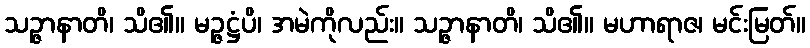
သဉ္ဇာနာတိ၊ သိ၏။ မဉ္ဇဋ္ဌံပိ၊ အမဲကိုလည်း။ သဉ္ဇာနာတိ၊ သိ၏။ မဟာရာဇ၊ မင်းမြတ်။